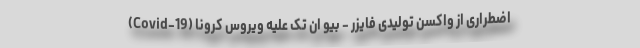
اضطراری از واکسن تولیدی فایزر - بیو ان تک علیه ویروس کرونا (Covid-19)